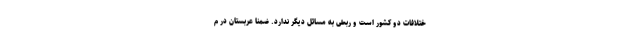
ختلافات دو کشور است و ربطی به مسائل دیگر ندارد. ضمنا عربستان در م